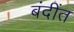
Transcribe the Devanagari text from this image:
बंदींत